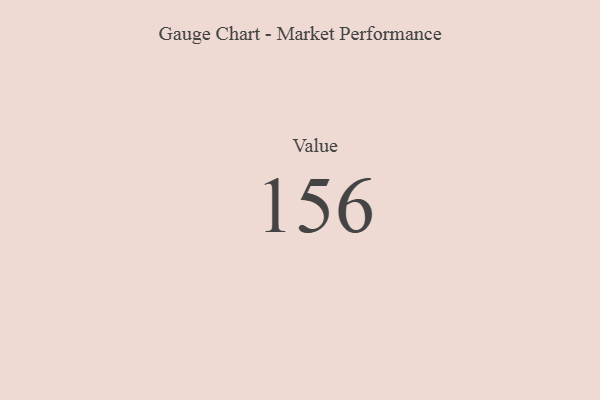
{"axis": {"x": "Metric", "y": "Value"}, "legend": [""], "data": [{"x": "Value", "y": 156, "type": ""}]}